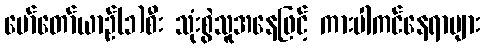
မော်တော်ယာဉ်(၁)စီး သုံးစွဲသူအနေဖြင့် ကားပါကင်နေရာများ